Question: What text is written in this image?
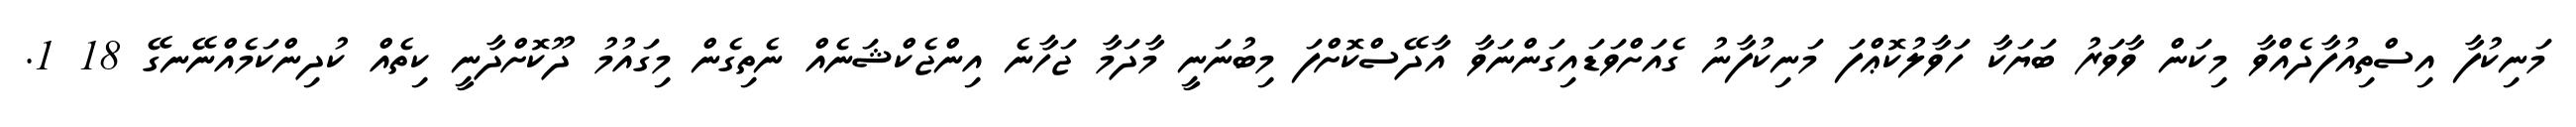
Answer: މަނިކުފާ އިސްތިއުފާދެއްވާ މިކަން ވާވަރު ބަޔަކާ ހަވާލުކޮޢްފަ މަނިކުފާނު ގެއަށްވަޑައިގަންނަވާ އާދޭސްކޮށްފަ މިބުނަނީ މާދަމާ ޖަހާނެ އިންޖެކްޝަނެއް ނެތިގެން މިގައުމު ދޫކޮށްދާނީ ކިތެއް ކުދިންކަމެއްނޭނގޭ 18 1.